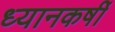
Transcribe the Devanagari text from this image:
ध्यानकर्षी